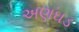
અણઘડ